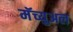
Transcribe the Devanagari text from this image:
मॅच्युअल